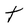
Character: t